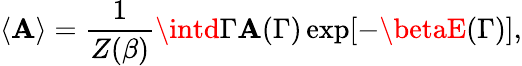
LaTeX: \langle\mathbf{A}\rangle={\frac{{1}}{{Z(\beta)}}}\intd\Gamma\mathbf{A}(\Gamma)\exp[-\betaE(\Gamma)],